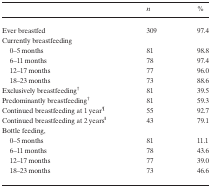
|  | n | % |
 | --- | --- | --- |
 | Ever breastfed | 309 | 97.4 |
 | Currently breastfeeding |  |  |
 | 0–5 months | 81 | 98.8 |
 | 6–11 months | 78 | 97.4 |
 | 12–17 months | 77 | 96.0 |
 | 18–23 months | 73 | 88.6 |
 | Exclusively breastfeeding†, ‡ | 81 | 39.5 |
 | Predominantly breastfeeding†, § | 81 | 59.3 |
 | Continued breastfeeding at 1 year¶ | 55 | 92.7 |
 | Continued breastfeeding at 2 years∥ | 43 | 79.1 |
 | Bottle feeding, |  |  |
 | 0–5 months | 81 | 11.1 |
 | 6–11 months | 78 | 43.6 |
 | 12–17 months | 77 | 39.0 |
 | 18–23 months | 73 | 46.6 |